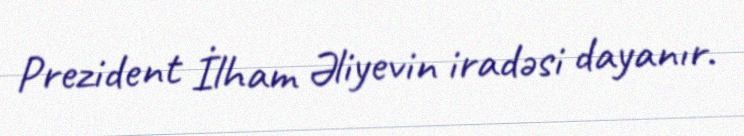
Prezident İlham Əliyevin iradəsi dayanır.